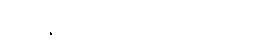
စားနေရာမှ သူ မော်ကြည့်သည်။